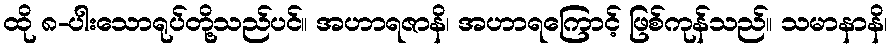
ထို ၈-ပါးသောရုပ်တို့သည်ပင်။ အဟာရဇာနိ၊ အဟာရကြောင့် ဖြစ်ကုန်သည်။ သမာနာနိ၊